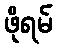
ဖိုရမ်